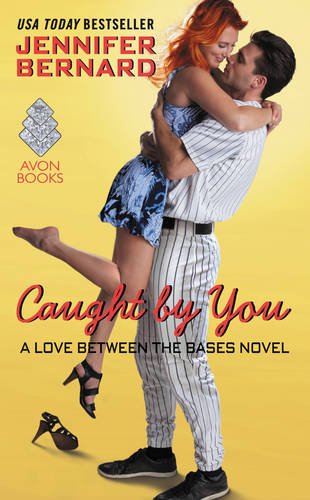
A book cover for Caught by You: A Love Between the Bases Novel; Jennifer Bernard; Romance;